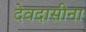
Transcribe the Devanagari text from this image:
देवदासीना